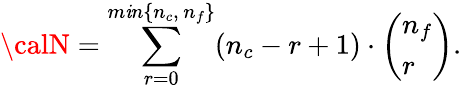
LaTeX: {\calN}=\sum_{r=0}^{m\mathit{i}n\{ n_{c},\, n_{f}\} }(n_{c}-r+1)\cdot\left(\begin{array}{l}{{n_{f}}}\\ {{r}}\end{array}\right).\,